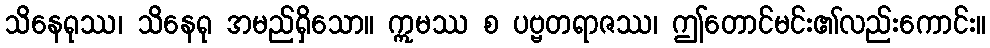
သိနေရုဿ၊ သိနေရု အမည်ရှိသော။ ဣမဿ စ ပဗ္ဗတရာဇဿ၊ ဤတောင်မင်း၏လည်းကောင်း။